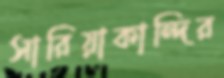
সারিয়াকান্দির